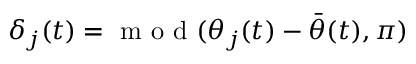
\delta _ { j } ( t ) = \textrm { m o d } ( \theta _ { j } ( t ) - \bar { \theta } ( t ) , \pi )